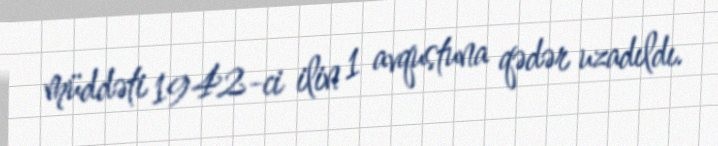
müddəti 1942-ci ilin 1 avqustuna qədər uzadıldı.